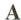
A